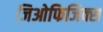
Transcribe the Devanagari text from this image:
जिओफिजिक्स